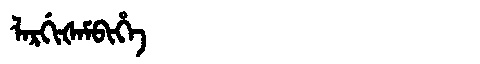
Manchu: ᠯᠠᡵᡤᡳᡧᠠᠮᠪᡳᡥᡝ
Romanization: LARGIŠAMBIHE